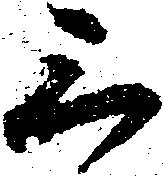
三